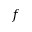
f